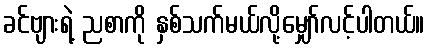
ခင်ဗျားရဲ့ ညစာကို နှစ်သက်မယ်လို့မျှော်လင့်ပါတယ်။